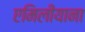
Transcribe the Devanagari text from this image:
एमिलीयाना